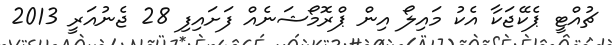
ޗުއްޓީ ޕެކޭޖަކާ އެކު މައިލޯ އިން ޕްރޮމޯޝަނެއް ފަށައިފި 28 ޖެނުއަރީ 2013